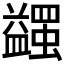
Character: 𧔈